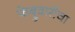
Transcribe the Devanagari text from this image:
फेब्रुवारीचा